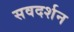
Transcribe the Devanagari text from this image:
सवदर्शन